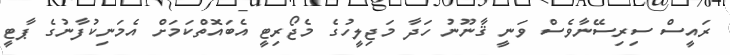
ރައީސް ސިރިސޭނާވެސް ވަނީ ޤާނޫނު ހަދާ މަޖިލީހުގެ މެޖޯރިޓީ އެބައޮތްކަމަށް އެމަނިކުފާނުގެ ޕާޓީ